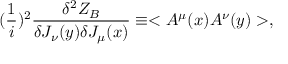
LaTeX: ( { \frac { 1 } { i } } ) ^ { 2 } { \frac { \delta ^ { 2 } Z _ { B } } { \delta J _ { \nu } ( y ) \delta J _ { \mu } ( x ) } } \equiv < A ^ { \mu } ( x ) A ^ { \nu } ( y ) > ,